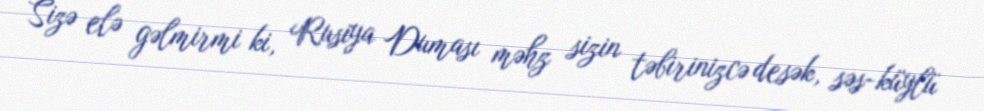
Sizə elə gəlmirmi ki, Rusiya Duması məhz sizin təbirinizcə desək, səs-küylü